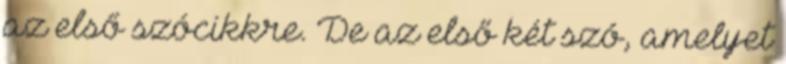
az első szócikkre. De az első két szó, amelyet